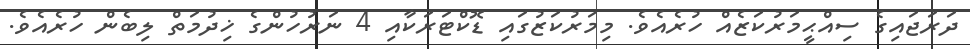
ދަރަޖައިގެ ސިއްޙީމަރުކަޒެއް ހުރެއެވެ. މިމަރުކަޒުގައި ޑޮކްޓަރަކާއި 4 ނަރުހުންގެ ޚިދުމަތް ލިބެން ހުރެއެވެ.